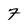
Character: 7